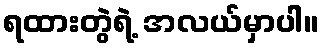
ရထားတွဲရဲ့ အလယ်မှာပါ။